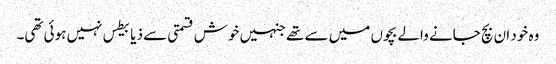
وہ خود ان بچ جانے والے بچوں میں سے تھے جنہیں خوش قسمتی سے ذیابیطس نہیں ہوئی تھی۔